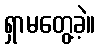
ရှာမတွေ့ခဲ့။